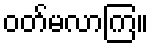
ဝတ်မလာကြ။